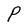
Character: P